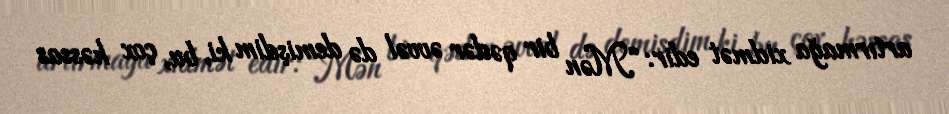
artırmağa xidmət edir: “Mən bir qədər əvvəl də demişdim ki, bu, çox həssas